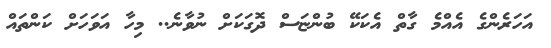
އަހަރެންގެ އެއްމެ ގާތް އެކަކޭ ބުންޏަސް ދޮގަކަށް ނުވާނެ.. މިހާ އަވަހަށް ކަންތައް